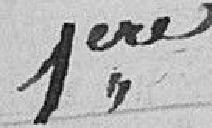
1ere